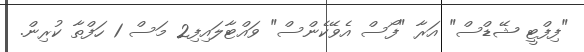
"ފިފްޓީ ޝޭޑްސް" އަރާ "ފޯސް އެވޭކެންސް" ވައްޓާލައިފި2 މަސް 1 ހަފްތާ ކުރިން.